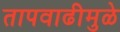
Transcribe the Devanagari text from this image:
तापवाढीमुळे